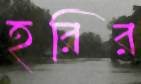
হরির